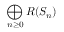
\bigoplus _ { n \geq 0 } R ( S _ { n } )